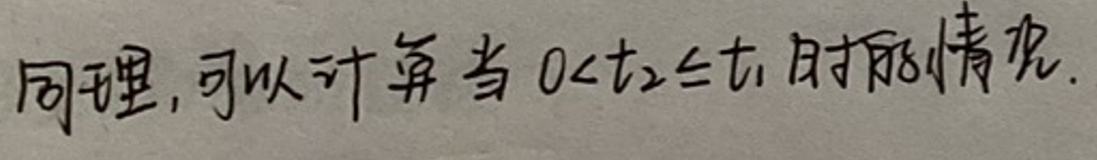
同理，可以计算当\(0<t_2\leq t_1\)时的情况。